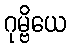
ဂုမ္ဗိယေ